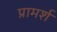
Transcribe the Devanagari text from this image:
प्रामर्श